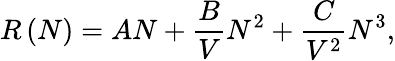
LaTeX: R\left(N\right)=AN+\frac{B}{V}N^{2}+\frac{C}{V^{2}}N^{3},